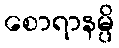
စောရာနမ္ပိ